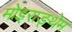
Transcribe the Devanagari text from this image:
मोइराङ्थेम